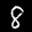
Label: 8